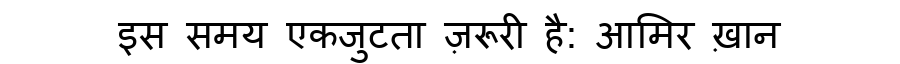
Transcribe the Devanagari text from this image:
इस समय एकजुटता ज़रूरी है: आमिर ख़ान